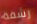
رشفة